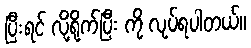
ပြီးရင် လို့ရိုက်ပြီး ကို လုပ်ရပါတယ်။